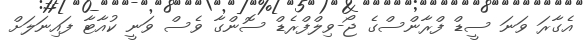
އެގާރަ ވަނަ ސީޑް ފްރާންސްގެ ޖޯ-ވިލްފްރެޑް ސޮންގާ ވެސް ވަނީ ކުއާޓާ ފައިނަލަށް